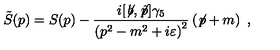
\tilde { S } ( p ) = S ( p ) - { \frac { i [ \not \! b , \not \! { \hat { p } } ] \gamma _ { 5 } } { \left( p ^ { 2 } - m ^ { 2 } + i \varepsilon \right) ^ { 2 } } } \left( \not \! p + m \right) \ ,